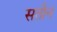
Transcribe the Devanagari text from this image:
सतौन